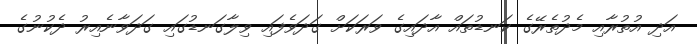
އަދި އުތުރާއި މެދުތެރޭގެ ކަނޑުތައް އާދައިގެ ވަރަކަށް ގަދަވެފައި ވިލާގަނޑުގައި ގަދަވާނެއިރު ދެކުނުގެ